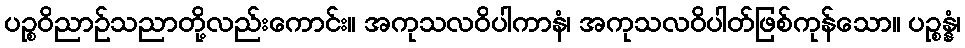
ပဉ္စဝိညာဉ်သညာတို့လည်းကောင်း။ အကုသလဝိပါကာနံ၊ အကုသလဝိပါတ်ဖြစ်ကုန်သော။ ပဉ္စန္နံ၊